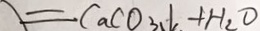
= C a C O 3 \downarrow + H _ { 2 } O